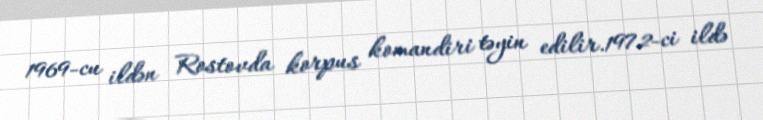
1969-cu ildən Rostovda korpus komandiri təyin edilir.1972-ci ildə